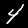
Label: 4